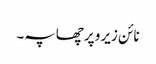
نائن زیرو پر چھاپہ۔